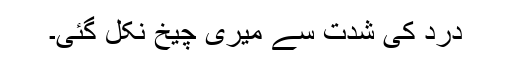
درد کی شدت سے میری چیخ نکل گئی۔